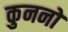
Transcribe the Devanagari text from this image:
कुननों